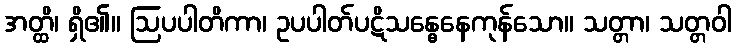
အတ္ထိ၊ ရှိ၏။ ဩပပါတိကာ၊ ဥပပါတ်ပဋိသန္ဓေနေကုန်သော။ သတ္တာ၊ သတ္တဝါ